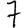
Digit: 7